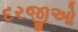
દરજીઓ